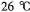
D28℃│26℃